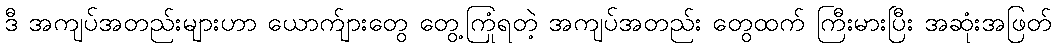
ဒီ အကျပ်အတည်းများဟာ ယောက်ျားတွေ တွေ့ကြုံရတဲ့ အကျပ်အတည်း တွေထက် ကြီးမားပြီး အဆုံးအဖြတ်